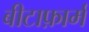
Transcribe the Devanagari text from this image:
बीटाफ़ार्म